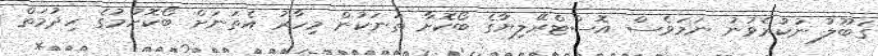
ގަބޫލު ނުކުރެވުނު ނަމަވެސް އޮސްޓްރޭލިޔާުގެ ބޯކޮށާ ތަނަކުން މިހާރު އެތަނަށް ބޯކޮށުމުގެ ހިދުމަތް